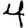
Digit: 4